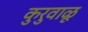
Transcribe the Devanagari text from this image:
कुरुवाळू